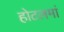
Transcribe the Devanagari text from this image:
होटलमां